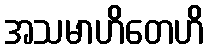
အသမာဟိတေဟိ